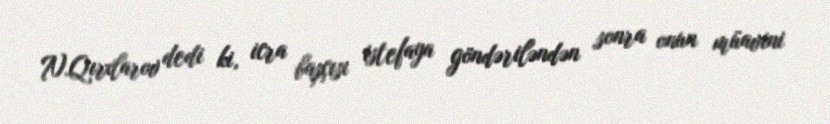
N.Qırxlarov dedi ki, icra başçısı istefaya göndəriləndən sonra onun müavini